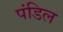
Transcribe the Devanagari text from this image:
पंडिल